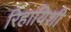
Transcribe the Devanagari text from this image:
रिहायिशी